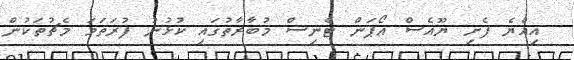
އިއްޔެ ފެށި ޔޫއެސް އޯޕަން ޓެނިސް މުބާރާތުގައި ކުޅުނު ފުރަތަމަ މެޗުތަކުން